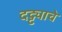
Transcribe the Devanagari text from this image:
दट्ट्याचे